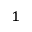
^ 1